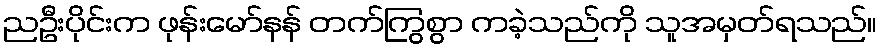
ညဦးပိုင်းက ဖုန်းမော်နန် တက်ကြွစွာ ကခဲ့သည်ကို သူအမှတ်ရသည်။